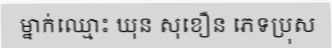
ម្នាក់ឈ្មោះ ឃុន សុខឿន ភេទប្រុស